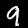
Label: 9